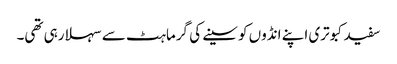
سفید کبوتری اپنے انڈوں کو سینے کی گرماہٹ سے سہلا رہی تھی۔